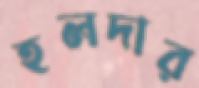
হলদার